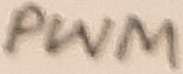
Text: PWM